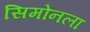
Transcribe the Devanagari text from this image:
सिमोनला